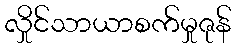
လှိုင်သာယာစက်မှုဇုန်